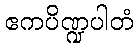
ဧကပိဏ္ဍပါတံ